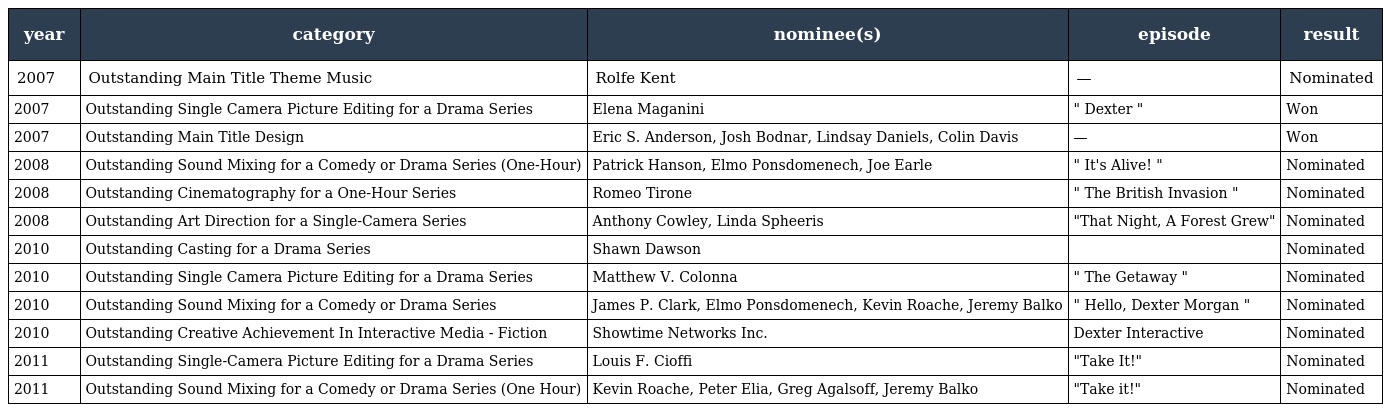
| year | category | nominee(s) | episode | result |
 | --- | --- | --- | --- | --- |
 | 2007 | Outstanding Main Title Theme Music | Rolfe Kent | — | Nominated |
 | 2007 | Outstanding Single Camera Picture Editing for a Drama Series | Elena Maganini | " Dexter " | Won |
 | 2007 | Outstanding Main Title Design | Eric S. Anderson, Josh Bodnar, Lindsay Daniels, Colin Davis | — | Won |
 | 2008 | Outstanding Sound Mixing for a Comedy or Drama Series (One-Hour) | Patrick Hanson, Elmo Ponsdomenech, Joe Earle | " It's Alive! " | Nominated |
 | 2008 | Outstanding Cinematography for a One-Hour Series | Romeo Tirone | " The British Invasion " | Nominated |
 | 2008 | Outstanding Art Direction for a Single-Camera Series | Anthony Cowley, Linda Spheeris | "That Night, A Forest Grew" | Nominated |
 | 2010 | Outstanding Casting for a Drama Series | Shawn Dawson |  | Nominated |
 | 2010 | Outstanding Single Camera Picture Editing for a Drama Series | Matthew V. Colonna | " The Getaway " | Nominated |
 | 2010 | Outstanding Sound Mixing for a Comedy or Drama Series | James P. Clark, Elmo Ponsdomenech, Kevin Roache, Jeremy Balko | " Hello, Dexter Morgan " | Nominated |
 | 2010 | Outstanding Creative Achievement In Interactive Media - Fiction | Showtime Networks Inc. | Dexter Interactive | Nominated |
 | 2011 | Outstanding Single-Camera Picture Editing for a Drama Series | Louis F. Cioffi | "Take It!" | Nominated |
 | 2011 | Outstanding Sound Mixing for a Comedy or Drama Series (One Hour) | Kevin Roache, Peter Elia, Greg Agalsoff, Jeremy Balko | "Take it!" | Nominated |